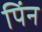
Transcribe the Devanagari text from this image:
पिंन